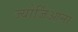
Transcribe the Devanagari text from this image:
ज्योर्जिआना